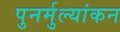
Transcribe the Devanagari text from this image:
पुनर्मुल्यांकन